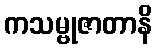
ကသမ္ဗုဇာတာနိ